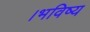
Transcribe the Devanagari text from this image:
।भविष्य